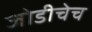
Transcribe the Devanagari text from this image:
जोडीचेच